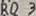
Text: RD3